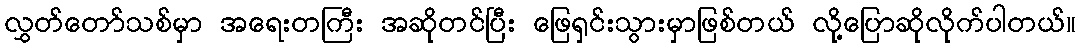
လွှတ်တော်သစ်မှာ အရေးတကြီး အဆိုတင်ပြီး ဖြေရှင်းသွားမှာဖြစ်တယ် လို့ပြောဆိုလိုက်ပါတယ်။